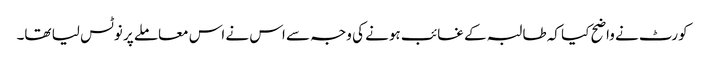
کورٹ نے واضح کیا کہ طالبہ کے غائب ہونے کی وجہ سے اس نے اس معاملے پر نوٹس لیا تھا۔